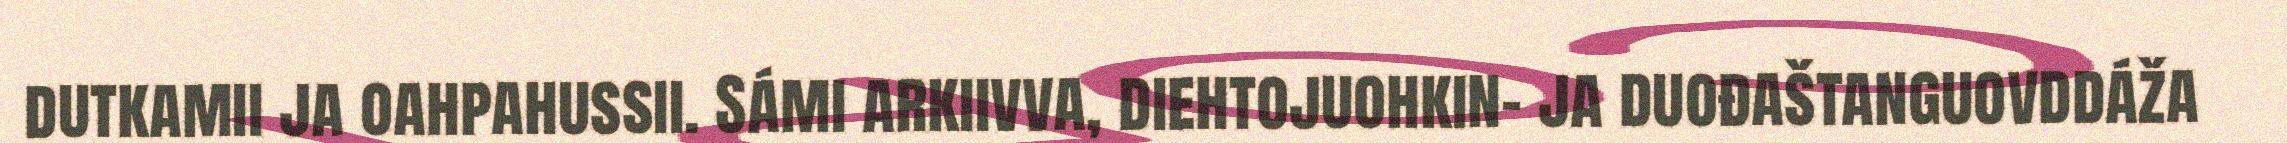
dutkamii ja oahpahussii. Sámi arkiivva, diehtojuohkin- ja duođaštanguovddáža